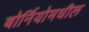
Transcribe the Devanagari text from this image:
बोर्नियोमधील